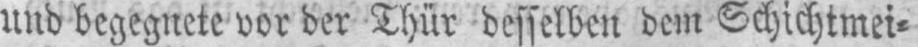
und begegnete vor der Thür desselben dem Schichtmei⸗